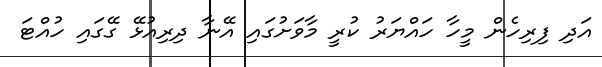
އަދި ފިރިހެން މީހާ ހައްޔަރު ކުރީ މާވަށުގައި އޭނާ ދިރިއުޅޭ ގޭގައި ހުއްޓަ